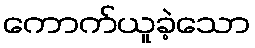
ကောက်ယူခဲ့သော